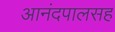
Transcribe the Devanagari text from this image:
आनंदपालसह